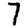
Digit: 7